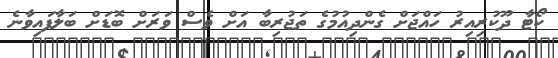
ކޯޓާ ދޫކުރިއިރު ހައްޖަށް ގެންދިއުމުގެ ތަޖުރިބާ އަށް ވެސް ވަރަށް ބޮޑަށް ބަލާފައިވާނެ